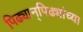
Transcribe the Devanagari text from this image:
पिढ्यान्‌पिढ्यांच्या